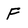
Character: F